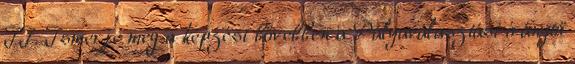
II. Ismerje meg a képzést bővebben a Pályaválasztási iránytű